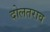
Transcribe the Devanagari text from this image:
दोलतराव